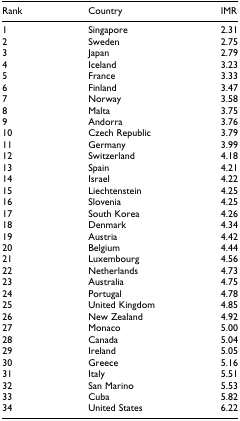
<table><thead><tr><td><b>Rank</b></td><td><b>Country</b></td><td><b>IMR</b></td></tr></thead><tbody><tr><td>1</td><td>Singapore</td><td>2.31</td></tr><tr><td>2</td><td>Sweden</td><td>2.75</td></tr><tr><td>3</td><td>Japan</td><td>2.79</td></tr><tr><td>4</td><td>Iceland</td><td>3.23</td></tr><tr><td>5</td><td>France</td><td>3.33</td></tr><tr><td>6</td><td>Finland</td><td>3.47</td></tr><tr><td>7</td><td>Norway</td><td>3.58</td></tr><tr><td>8</td><td>Malta</td><td>3.75</td></tr><tr><td>9</td><td>Andorra</td><td>3.76</td></tr><tr><td>10</td><td>Czech Republic</td><td>3.79</td></tr><tr><td>11</td><td>Germany</td><td>3.99</td></tr><tr><td>12</td><td>Switzerland</td><td>4.18</td></tr><tr><td>13</td><td>Spain</td><td>4.21</td></tr><tr><td>14</td><td>Israel</td><td>4.22</td></tr><tr><td>15</td><td>Liechtenstein</td><td>4.25</td></tr><tr><td>16</td><td>Slovenia</td><td>4.25</td></tr><tr><td>17</td><td>South Korea</td><td>4.26</td></tr><tr><td>18</td><td>Denmark</td><td>4.34</td></tr><tr><td>19</td><td>Austria</td><td>4.42</td></tr><tr><td>20</td><td>Belgium</td><td>4.44</td></tr><tr><td>21</td><td>Luxembourg</td><td>4.56</td></tr><tr><td>22</td><td>Netherlands</td><td>4.73</td></tr><tr><td>23</td><td>Australia</td><td>4.75</td></tr><tr><td>24</td><td>Portugal</td><td>4.78</td></tr><tr><td>25</td><td>United Kingdom</td><td>4.85</td></tr><tr><td>26</td><td>New Zealand</td><td>4.92</td></tr><tr><td>27</td><td>Monaco</td><td>5.00</td></tr><tr><td>28</td><td>Canada</td><td>5.04</td></tr><tr><td>29</td><td>Ireland</td><td>5.05</td></tr><tr><td>30</td><td>Greece</td><td>5.16</td></tr><tr><td>31</td><td>Italy</td><td>5.51</td></tr><tr><td>32</td><td>San Marino</td><td>5.53</td></tr><tr><td>33</td><td>Cuba</td><td>5.82</td></tr><tr><td>34</td><td>United States</td><td>6.22</td></tr></tbody></table>